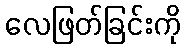
လေဖြတ်ခြင်းကို